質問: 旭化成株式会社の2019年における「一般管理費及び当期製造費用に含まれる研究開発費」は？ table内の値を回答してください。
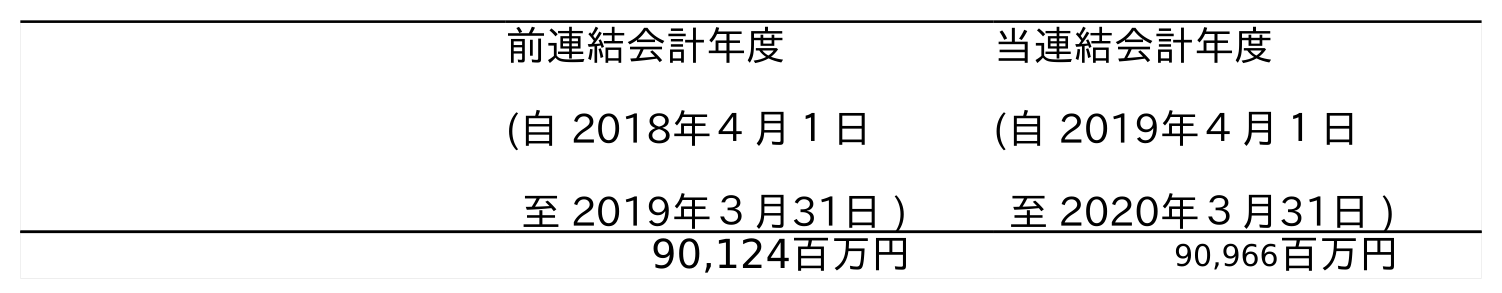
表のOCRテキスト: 前連結会計年度 (自 2018年４月１日 至 2019年３月31日 ) 当連結会計年度 (自 2019年４月１日 至 2020年３月31日 ) 90,124百万円 90,966百万円
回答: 90,124